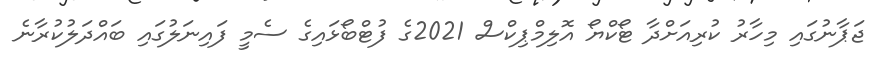
ޖަޕާނުގައި މިހާރު ކުރިއަށްދާ ޓޯކްޔޯ އޮލިމްޕިކްސް 2021ގެ ފުޓްބޯޅައިގެ ސެމީ ފައިނަލުގައި ބައްދަލުކުރާނެ